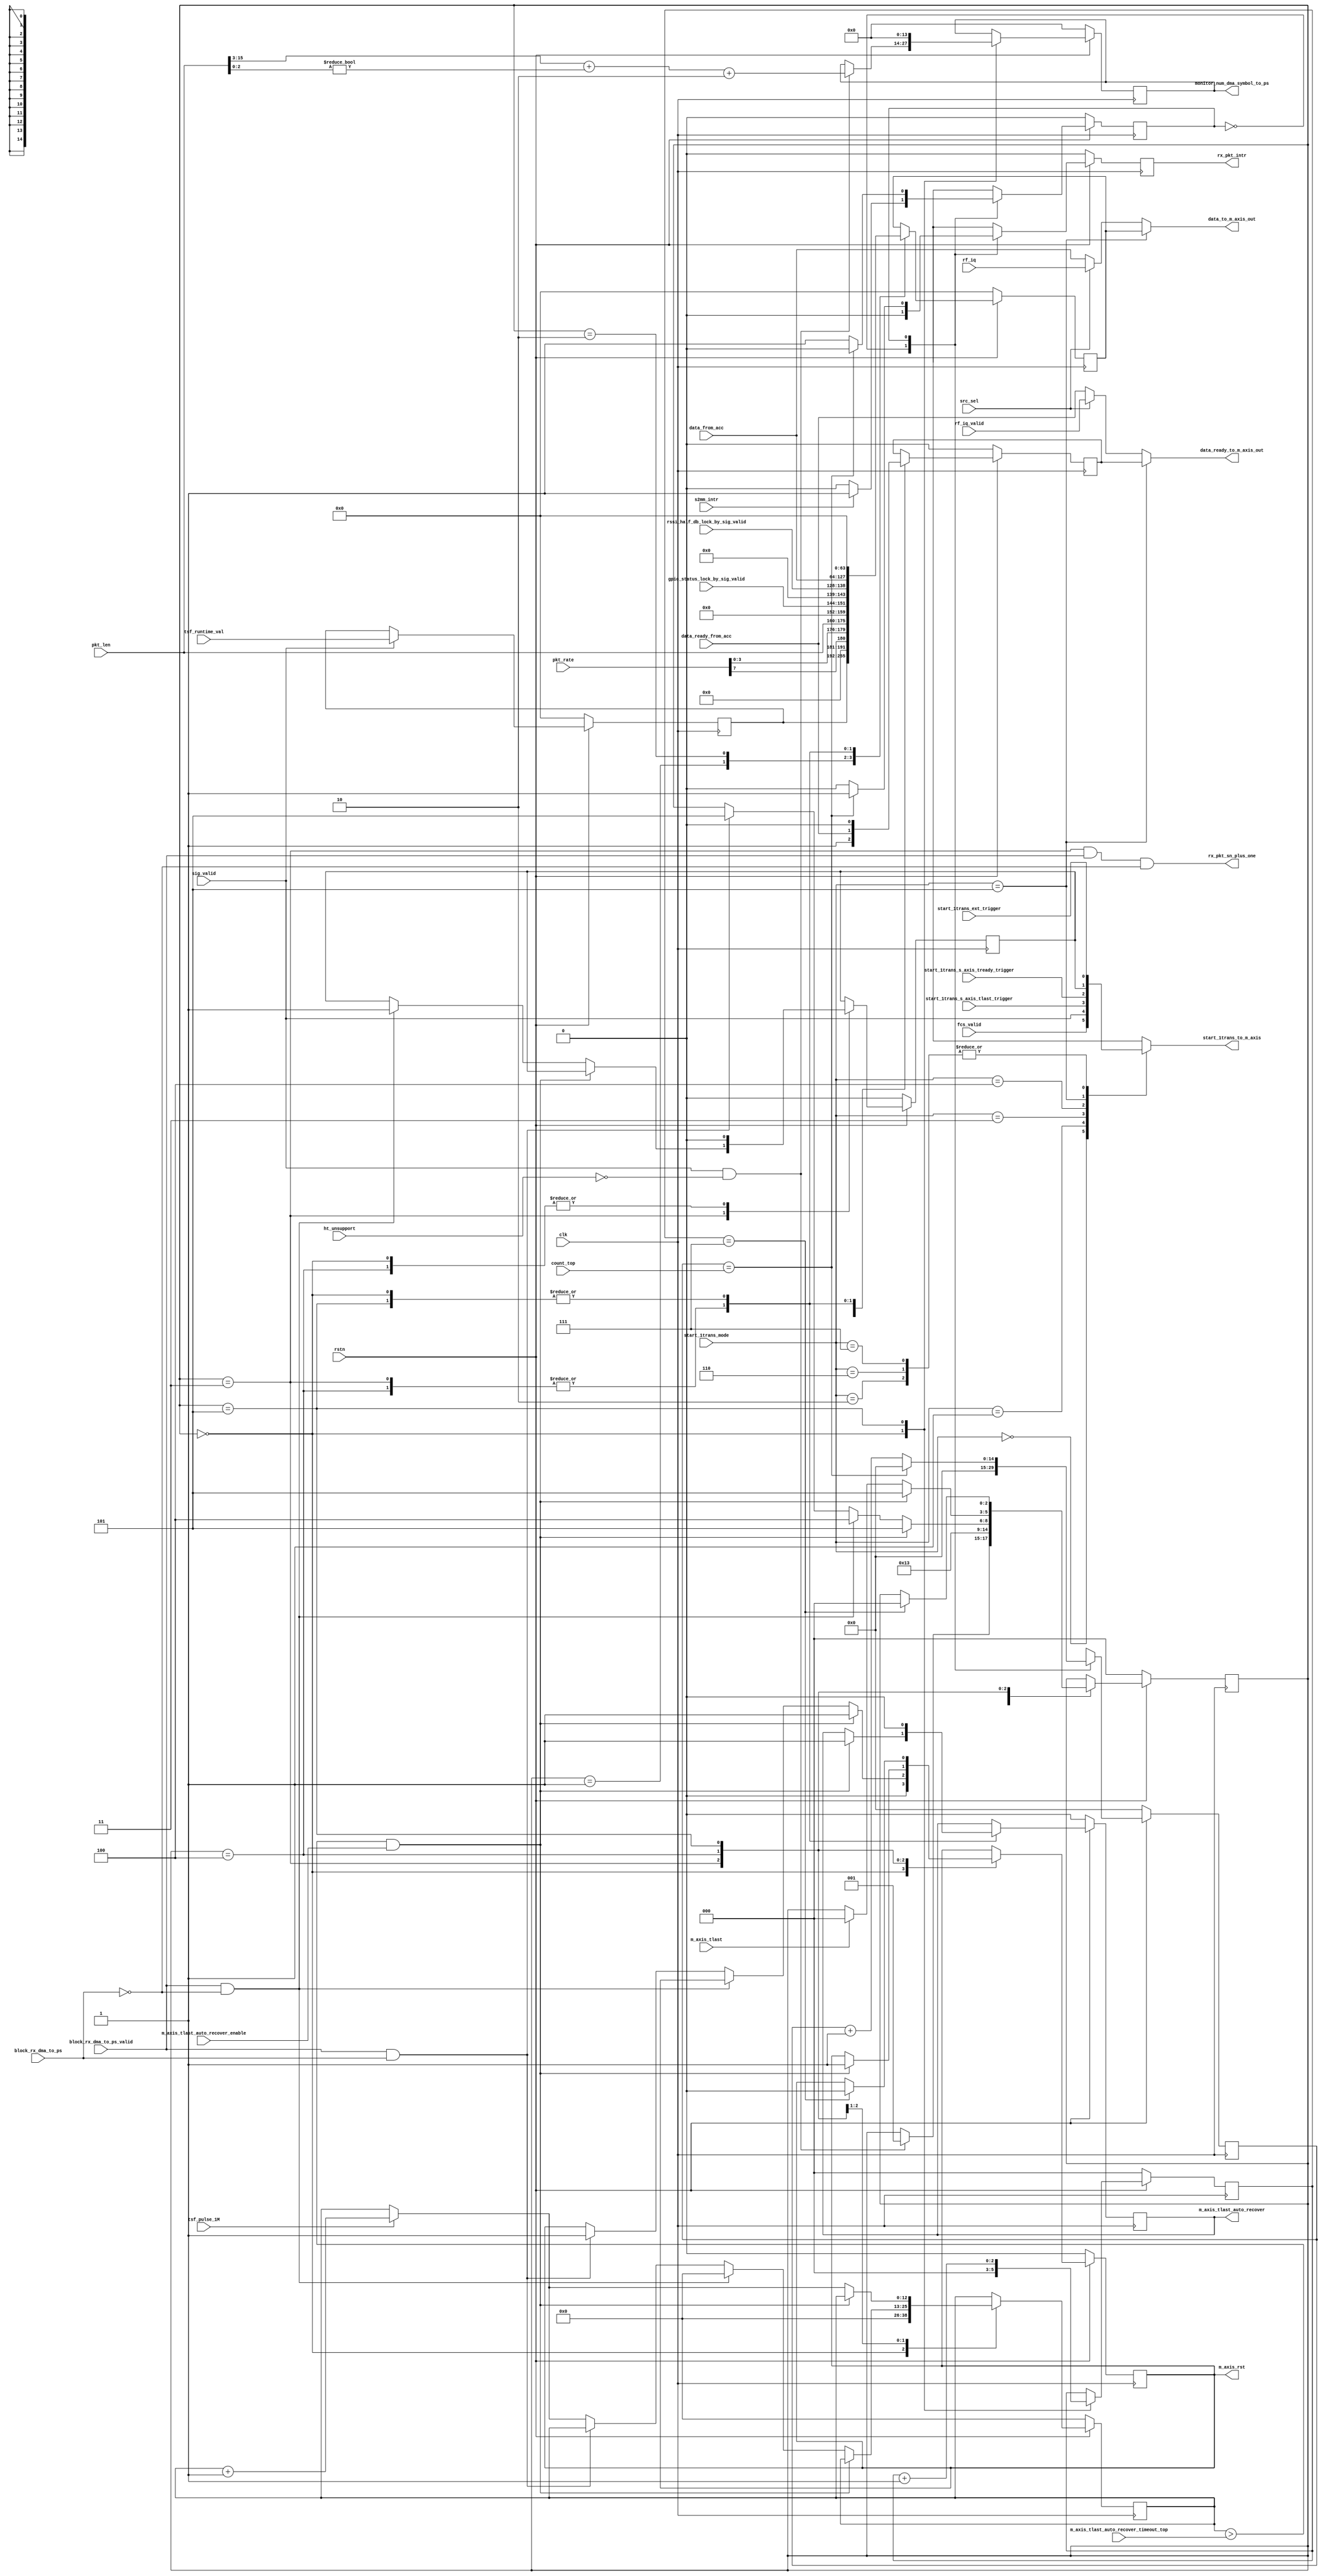

// Xianjun jiao. putaoshu@msn.com; xianjun.jiao@imec.be;

`timescale 1 ns / 1 ps

	module rx_intf_pl_to_m_axis #
	(
    parameter integer GPIO_STATUS_WIDTH = 8,
    parameter integer RSSI_HALF_DB_WIDTH=11,
	  parameter integer IQ_DATA_WIDTH	= 16,
		parameter integer TSF_TIMER_WIDTH = 64,
		parameter integer C_M00_AXIS_TDATA_WIDTH = 64,
		parameter integer MAX_BIT_NUM_DMA_SYMBOL = 14
	)
	(
	    input wire clk,
	    input wire rstn,

	    // port to xpu
	    input wire block_rx_dma_to_ps,
      input wire block_rx_dma_to_ps_valid,
	    input wire [(RSSI_HALF_DB_WIDTH-1):0] rssi_half_db_lock_by_sig_valid,
	    input wire [(GPIO_STATUS_WIDTH-1):0] gpio_status_lock_by_sig_valid,

	    // to m_axis and PS
	    output reg start_1trans_to_m_axis,
	    output wire [(C_M00_AXIS_TDATA_WIDTH-1) : 0] data_to_m_axis_out,
	    output wire data_ready_to_m_axis_out,
	    output reg [(MAX_BIT_NUM_DMA_SYMBOL-1) : 0] monitor_num_dma_symbol_to_ps,
	    output reg m_axis_rst,
      input  wire m_axis_tlast,
      (* mark_debug = "true" *) output reg  m_axis_tlast_auto_recover,

	    // port to xilinx axi dma
	    input wire s2mm_intr,
	    output reg rx_pkt_intr,
	    
      // to byte_to_word_fcs_sn_intert
      output wire rx_pkt_sn_plus_one,

	    // start m_axis trans mode
      input wire m_axis_tlast_auto_recover_enable,
      input wire [12:0] m_axis_tlast_auto_recover_timeout_top,
	    input wire [2:0] start_1trans_mode,
	    input wire start_1trans_ext_trigger,
	    input wire start_1trans_s_axis_tlast_trigger,
	    input wire start_1trans_s_axis_tready_trigger,

	    input wire src_sel,
	    input wire [(TSF_TIMER_WIDTH-1):0]  tsf_runtime_val,
	    input wire [14:0] count_top,
//	    input wire pad_test,
	    
	    // from wifi rx
	    input wire [(C_M00_AXIS_TDATA_WIDTH-1) : 0] data_from_acc,
	    input wire data_ready_from_acc,
      input wire [7:0] pkt_rate,
		  input wire [15:0] pkt_len,
      input wire sig_valid,
      input wire ht_unsupport,
	    input wire fcs_valid,
    
	    // from wifi_rx_iq_intf loop back
	    input wire [(C_M00_AXIS_TDATA_WIDTH-1):0] rf_iq,
	    input wire rf_iq_valid,

      input wire tsf_pulse_1M
	);
	
	  localparam [0:0]   WAIT_S2MM_INTR =                    1'b0,
                       COUNT_TO_TOP  =                     1'b1;
                       
	  localparam [2:0]   WAIT_FOR_PKT =                      3'b000,
                       DMA_HEADER0_INSERT  =               3'b001,
                       DMA_HEADER1_INSERT_AND_START =      3'b010,
                       WAIT_FILTER_FLAG =                  3'b011,
                       WAIT_DMA_TLAST =                    3'b100,
                       WAIT_RST_DONE =                     3'b101;

    (* mark_debug = "true" *) reg [2:0] rx_state;
    (* mark_debug = "true" *) reg [2:0] old_rx_state;
    (* mark_debug = "true" *) reg start_m_axis;
    reg [(C_M00_AXIS_TDATA_WIDTH-1) : 0] data_to_m_axis;
    reg data_ready_to_m_axis;
    reg [2:0] rst_count;
    reg [(TSF_TIMER_WIDTH-1):0] tsf_val_lock_by_sig;

    reg [0:0] delay_intr_state;
    reg [14:0] count;

    (* mark_debug = "true" *) reg [12:0] timeout_timer_1M;
    
	  assign data_to_m_axis_out =       (start_1trans_mode==3'b101)? data_to_m_axis:( (src_sel==1'b0)?data_from_acc:rf_iq );
    assign data_ready_to_m_axis_out = (start_1trans_mode==3'b101)? data_ready_to_m_axis:( (src_sel==1'b0)?data_ready_from_acc:rf_iq_valid );

    assign rx_pkt_sn_plus_one = (rx_state==WAIT_FILTER_FLAG && block_rx_dma_to_ps_valid==1 && block_rx_dma_to_ps==0);
    
    always @( start_1trans_mode,sig_valid,fcs_valid,start_1trans_ext_trigger,start_1trans_s_axis_tlast_trigger,start_m_axis,start_1trans_s_axis_tready_trigger)
    begin
       case (start_1trans_mode)
          3'b000 : begin
                        start_1trans_to_m_axis = fcs_valid;
                   end
          3'b001 : begin
                        start_1trans_to_m_axis = sig_valid;
                   end
          3'b010 : begin
                        start_1trans_to_m_axis = start_1trans_ext_trigger;
                   end
          3'b011 : begin
                        start_1trans_to_m_axis = start_1trans_s_axis_tlast_trigger;
                   end
          3'b100 : begin
                        start_1trans_to_m_axis = start_1trans_s_axis_tready_trigger;
                   end
          3'b101 : begin
                        start_1trans_to_m_axis = start_m_axis;
                   end
          3'b110 : begin
                        start_1trans_to_m_axis = start_1trans_ext_trigger;
                   end
          3'b111 : begin
                        start_1trans_to_m_axis = start_1trans_ext_trigger;
                   end
          default: begin
                        start_1trans_to_m_axis = start_1trans_ext_trigger;
                   end
       endcase
    end

    //lock tsf runtime value by sig_valid
    always @( posedge clk )
    begin
      if (!rstn) begin
        tsf_val_lock_by_sig<=0;
      end 
      else begin
        if (sig_valid)
          tsf_val_lock_by_sig<=tsf_runtime_val;
        else
          tsf_val_lock_by_sig<=tsf_val_lock_by_sig;
      end
    end

    //state machine to control m_axis to ARM
    always @(posedge clk)                                             
    begin
      if (!rstn) begin
          rst_count <= 0;
          monitor_num_dma_symbol_to_ps<=0;
          m_axis_rst<=0;
          m_axis_tlast_auto_recover<=0;
          data_to_m_axis <= 0;
          data_ready_to_m_axis <= 0;
          start_m_axis <= 0;
          rx_state <= WAIT_FOR_PKT;
          old_rx_state <= WAIT_FOR_PKT;
          timeout_timer_1M<=0;
      end
      else begin
        old_rx_state <= rx_state;
        case (rx_state)
          WAIT_FOR_PKT: begin
            timeout_timer_1M<=0;
            rst_count <= 0;
            data_to_m_axis <= 0;
            data_ready_to_m_axis <= 0;
            start_m_axis <= 0;
            m_axis_rst<=0;
            m_axis_tlast_auto_recover<=0;
            if (sig_valid && (ht_unsupport==0)) begin
              monitor_num_dma_symbol_to_ps<=( pkt_len[15:3] + (pkt_len[2:0]!=0) ) + 2; // 2 for tsf, rf_info and rate/len insertion at the beginnig;
              rx_state <= DMA_HEADER0_INSERT;
            end
          end

          DMA_HEADER0_INSERT: begin // data is calculated by calc_phy_header C program
            timeout_timer_1M<=timeout_timer_1M;
            rst_count <= rst_count;
            //data_to_m_axis <= (pad_test==1?64'h0123456789abcdef:tsf_val_lock_by_sig);
            data_to_m_axis <= tsf_val_lock_by_sig;
            data_ready_to_m_axis <= 1;
            start_m_axis <= start_m_axis;
            monitor_num_dma_symbol_to_ps<=monitor_num_dma_symbol_to_ps;
            m_axis_rst<=m_axis_rst;
            m_axis_tlast_auto_recover<=m_axis_tlast_auto_recover;
            rx_state <= DMA_HEADER1_INSERT_AND_START;
          end

          DMA_HEADER1_INSERT_AND_START: begin // data is calculated by calc_phy_header C program
            timeout_timer_1M<=timeout_timer_1M;
            rst_count <= rst_count;
            //data_to_m_axis <= (pad_test==1?64'hfedcba9876543210:{11'd0, pkt_rate[7],pkt_rate[3:0],pkt_len, 8'd0, gpio_status_lock_by_sig_valid, 5'd0, rssi_half_db_lock_by_sig_valid});
            data_to_m_axis <= {11'd0, pkt_rate[7],pkt_rate[3:0],pkt_len, 8'd0, gpio_status_lock_by_sig_valid, 5'd0, rssi_half_db_lock_by_sig_valid};
            data_ready_to_m_axis <= data_ready_to_m_axis;
            start_m_axis <= start_m_axis;
            monitor_num_dma_symbol_to_ps<=monitor_num_dma_symbol_to_ps;
            m_axis_rst<=m_axis_rst;
            m_axis_tlast_auto_recover<=m_axis_tlast_auto_recover;
            rx_state <= WAIT_FILTER_FLAG;
          end

          WAIT_FILTER_FLAG: begin
            rst_count <= rst_count;
            data_to_m_axis <= data_from_acc;
            data_ready_to_m_axis <= data_ready_from_acc;
            monitor_num_dma_symbol_to_ps<=monitor_num_dma_symbol_to_ps;
            if ( (timeout_timer_1M>m_axis_tlast_auto_recover_timeout_top) && m_axis_tlast_auto_recover_enable) begin//tlast timeout, let's generate a fake tlast to release ARM dma and reset our m_axis
              start_m_axis <= start_m_axis;
              timeout_timer_1M<=timeout_timer_1M;
              m_axis_rst<=1;
              m_axis_tlast_auto_recover<=1;
              rx_state <= WAIT_RST_DONE;
            end else begin
              m_axis_tlast_auto_recover<=m_axis_tlast_auto_recover;
              if (block_rx_dma_to_ps_valid==1 && block_rx_dma_to_ps==0) begin
                timeout_timer_1M<=0;
                start_m_axis <= 1;
                m_axis_rst<=m_axis_rst;
                rx_state <= WAIT_DMA_TLAST;
              end else if (block_rx_dma_to_ps_valid==1 && block_rx_dma_to_ps==1) begin
                timeout_timer_1M<=timeout_timer_1M;
                start_m_axis <= start_m_axis;
                m_axis_rst<=1;
                rx_state <= WAIT_RST_DONE;
              end else begin
                timeout_timer_1M<=(tsf_pulse_1M?(timeout_timer_1M+1):timeout_timer_1M);
                start_m_axis <= start_m_axis;
                m_axis_rst<=m_axis_rst;
                rx_state <= rx_state;
              end
            end
          end

          WAIT_DMA_TLAST: begin
            rst_count <= rst_count;
            data_to_m_axis <= data_from_acc;
            data_ready_to_m_axis <= data_ready_from_acc;
            start_m_axis <= 0;
            monitor_num_dma_symbol_to_ps<=monitor_num_dma_symbol_to_ps;
            if ( (timeout_timer_1M>m_axis_tlast_auto_recover_timeout_top) && m_axis_tlast_auto_recover_enable) begin//tlast timeout, let's generate a fake tlast to release ARM dma and reset our m_axis
              timeout_timer_1M<=timeout_timer_1M;
              m_axis_rst<=1;
              m_axis_tlast_auto_recover<=1;
              rx_state <= WAIT_RST_DONE;
            end else begin
              timeout_timer_1M<=(tsf_pulse_1M?(timeout_timer_1M+1):timeout_timer_1M);
              m_axis_rst<=m_axis_rst;
              m_axis_tlast_auto_recover<=m_axis_tlast_auto_recover;
              rx_state <= (m_axis_tlast?WAIT_FOR_PKT:rx_state);
            end
          end

          WAIT_RST_DONE: begin
            timeout_timer_1M<=timeout_timer_1M;
            m_axis_tlast_auto_recover<=0;
            rst_count <= rst_count+1;
            data_to_m_axis <= 0;
            data_ready_to_m_axis <= 0;
            start_m_axis <= start_m_axis;
            monitor_num_dma_symbol_to_ps<=0;
            if (rst_count==7) begin
              m_axis_rst<=0;
              rx_state <= WAIT_FOR_PKT;
            end else begin
              m_axis_rst<=m_axis_rst;
              rx_state <= rx_state;
            end
          end
        endcase
      end
    end

    // process to generate delayed interrupt after receive s2mm_intr
    always @(posedge clk)                                             
    begin                                                                     
      if (!rstn)                                                    
      // Synchronous reset (active low)                                       
        begin
          count    <= 0;    
          rx_pkt_intr<=0;
          delay_intr_state <= WAIT_S2MM_INTR;                                             
        end                                                                   
      else
        case (delay_intr_state)
          WAIT_S2MM_INTR: begin
            count    <= 0;
            rx_pkt_intr<=0;
            delay_intr_state<=(s2mm_intr?COUNT_TO_TOP:WAIT_S2MM_INTR);
          end
          
          COUNT_TO_TOP: begin
            if (count == count_top)                                                      
                begin                                                           
                count    <= 0;            
                rx_pkt_intr <= 1;
                delay_intr_state <= WAIT_S2MM_INTR;
                end                                                             
            else                                                              
                begin                                                           
                count <= count + 1;         
                rx_pkt_intr <= 0;               
                delay_intr_state <= COUNT_TO_TOP;   
                end
          end
        endcase                                                               
    end

	endmodule